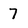
Character: 7